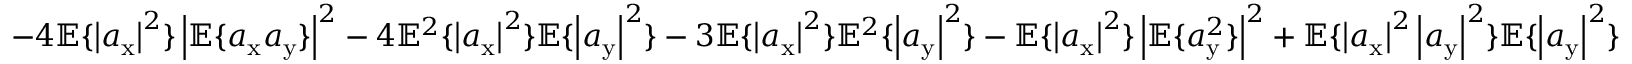
- 4 \mathbb { E } \{ \left| a _ { \mathrm { x } } \right| ^ { 2 } \} \left| \mathbb { E } \{ a _ { \mathrm { x } } a _ { \mathrm { y } } \} \right| ^ { 2 } - 4 \mathbb { E } ^ { 2 } \{ \left| a _ { \mathrm { x } } \right| ^ { 2 } \} \mathbb { E } \{ \left| a _ { \mathrm { y } } \right| ^ { 2 } \} - 3 \mathbb { E } \{ \left| a _ { \mathrm { x } } \right| ^ { 2 } \} \mathbb { E } ^ { 2 } \{ \left| a _ { \mathrm { y } } \right| ^ { 2 } \} - \mathbb { E } \{ \left| a _ { \mathrm { x } } \right| ^ { 2 } \} \left| \mathbb { E } \{ a _ { \mathrm { y } } ^ { 2 } \} \right| ^ { 2 } + \mathbb { E } \{ \left| a _ { \mathrm { x } } \right| ^ { 2 } \left| a _ { \mathrm { y } } \right| ^ { 2 } \} \mathbb { E } \{ \left| a _ { \mathrm { y } } \right| ^ { 2 } \}